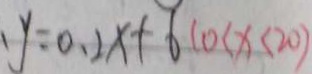
、 y = 0 . 2 x + 6 ( 0 < x < 2 0 )